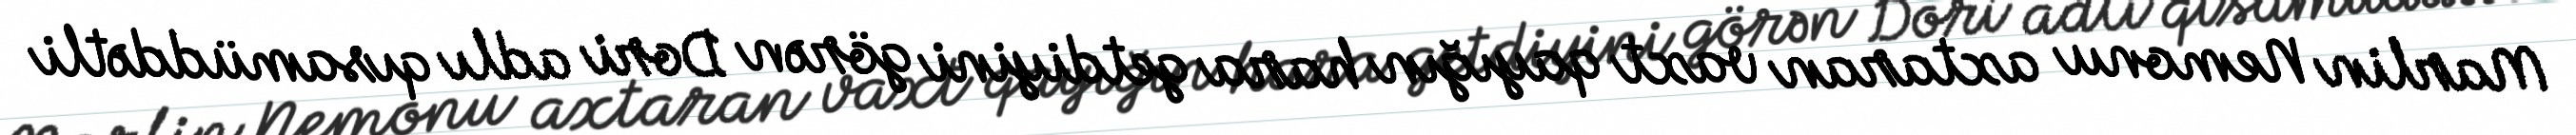
Marlin Nemonu axtaran vaxt qayığın hara getdiyini görən Dori adlı qısamüddətli